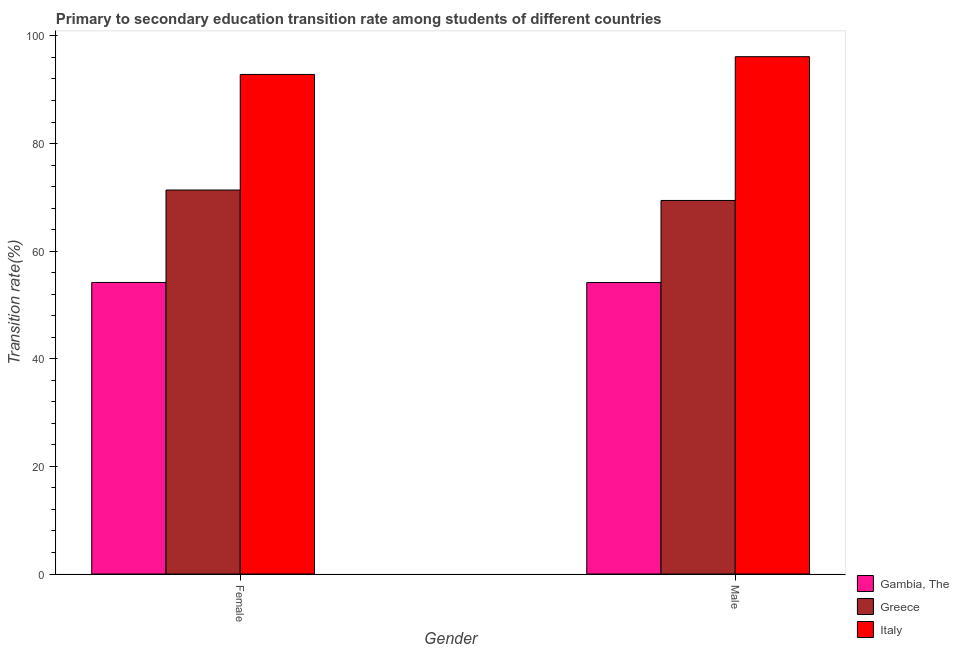
| Gender | Gambia, The | Greece | Italy |
 | --- | --- | --- | --- |
 | Female | 54.2 | 71.4 | 92.8 |
 | Male | 54.2 | 69.4 | 96.1 |